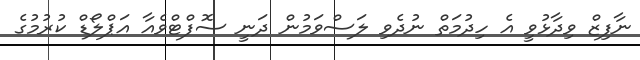
ނާފިޒް ވިދާޅުވީ އެ ހިދުމަތް ނުދެވި ލަސްވަމުން ދަނީ ސޮފްޓްވެއާ އަޕްލޯޑް ކުރުމުގެ